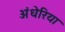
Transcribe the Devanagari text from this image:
अंधेरिया